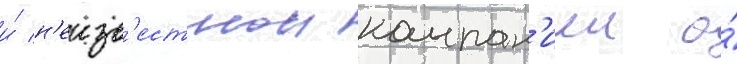
и́ н'еизв'естнои компан'иеи о́